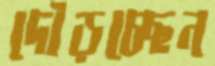
দৌড়চ্ছেন